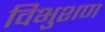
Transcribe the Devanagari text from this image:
विभुशण